Scottish Leaving Certificate Examination, 1956
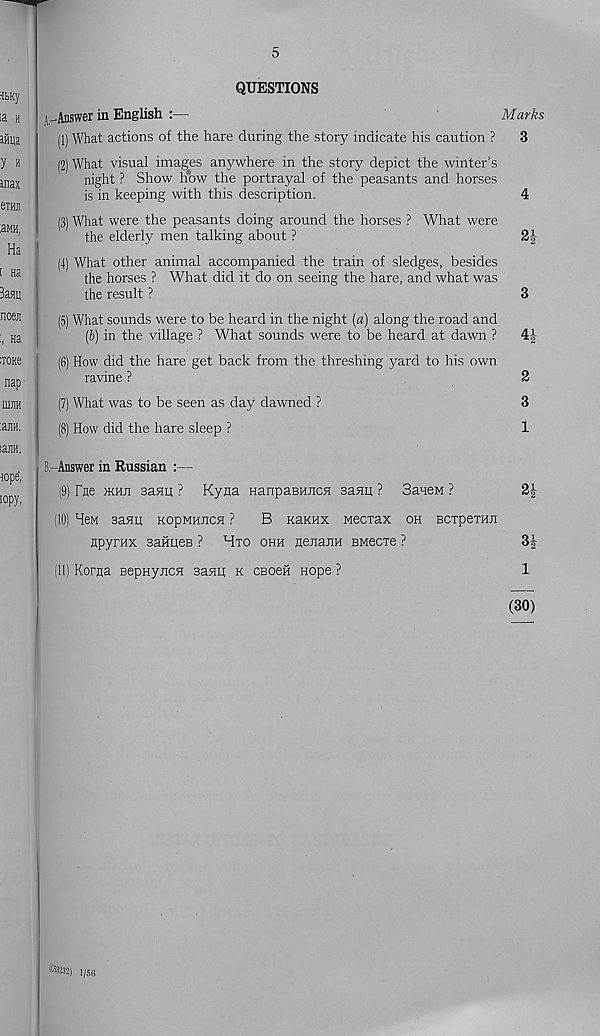
5
QUESTIONS
(-Answer in English :—
Marks
(1) What actions of the hare during the story indicate his caution ?
3
(2) What visual images anywhere in the story depict the winter’s
night ? Show how the portrayal of the peasants and horses
is in keeping with this description.
4
(3) What were the peasants doing around the horses ? What were
the elderly men talking about ?
2^
(4) What other animal accompanied the train of sledges, besides
the horses ? What did it do on seeing the hare, and what was
the result ?
3
(5) What sounds were to be heard in the night (a) along the road and
(b) in the village ? What sounds were to be heard at dawn ?
4|-
(6) How did the hare get back from the threshing yard to his own
ravine ?
2
(7) What was to be seen as day dawned ?
3
(8) How did the hare sleep ?
1
R-Answer in Russian :—
(9) Fne jkhji saflij ? Kyaa HanpaBHUcn saaij ? 3aueM ?
(10) Hgm saflij; KopMHJica ?
B KaKHX Mecrax oh Bcxperaji
npyrax saitHeB ? Hto ohh nenajiH BMecie ?
3|
(11) Korjta BepHyncH sanu k CBoeii nope ?
1
(30)
C3S32) 1/5G